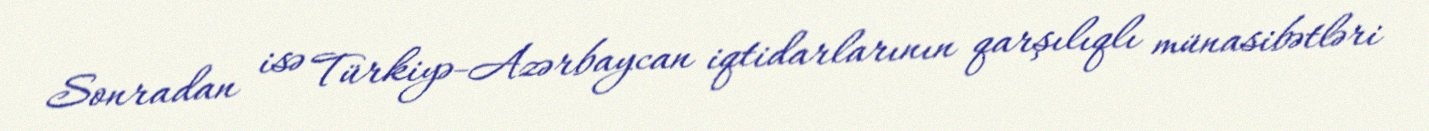
Sonradan isə Türkiyə-Azərbaycan iqtidarlarının qarşılıqlı münasibətləri